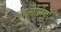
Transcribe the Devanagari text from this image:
ब्राजीलियों